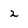
Character: 2